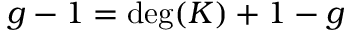
g - 1 = \deg ( K ) + 1 - g